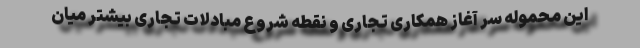
این محموله سر آغاز همکاری تجاری و نقطه شروع مبادلات تجاری بیشتر میان